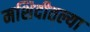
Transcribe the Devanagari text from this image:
मशिदीतल्या